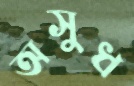
অসুধ